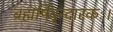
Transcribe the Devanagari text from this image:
ब्रह्मर्षिवृन्दारकः।